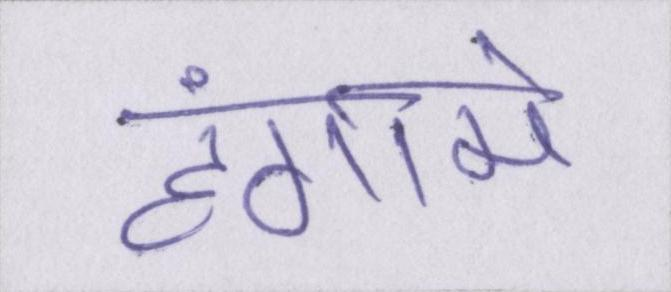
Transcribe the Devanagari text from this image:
हंगामे